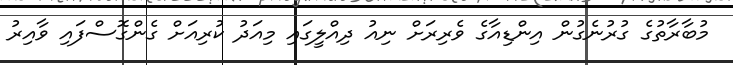
މުބާރާތުގެ ގުރުނެގުން އިންޑިއާގެ ވެރިރަށް ނިއު ދިއްލީގައި މިއަދު ކުރިއަށް ގެންގޮސްފައި ވާއިރު